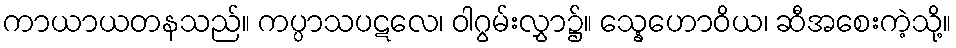
ကာယာယတနသည်။ ကပ္ပာသပဋလေ၊ ဝါဂွမ်းလွှာ၌။ သ္နေဟောဝိယ၊ ဆီအစေးကဲ့သို့။